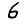
Digit: 6